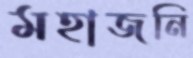
মহাজনি